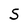
Character: S